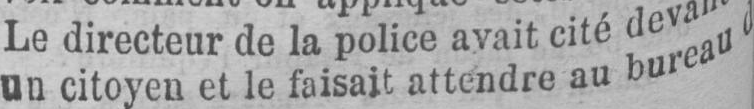
un citoyen et le faisait attendre aubureau d